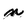
Character: n